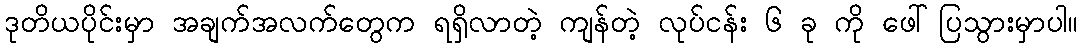
ဒုတိယပိုင်းမှာ အချက်အလက်တွေက ရရှိလာတဲ့ ကျန်တဲ့ လုပ်ငန်း ၆ ခု ကို ဖေါ်ပြသွားမှာပါ။